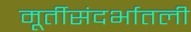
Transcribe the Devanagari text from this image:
मूर्तीसंदर्भातली